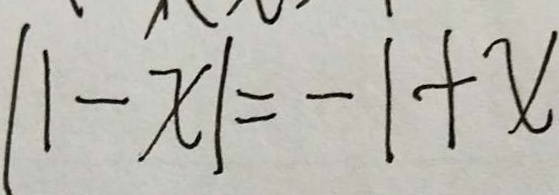
\vert 1 - x \vert = - 1 + x